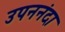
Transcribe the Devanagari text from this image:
उपननंदा